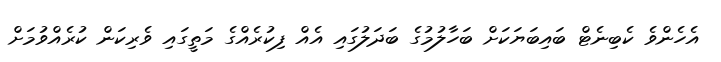
އެހެންވެ ކެބިނެޓް ބައިބަޔަކަށް ބަހާލުމުގެ ބަދަލުގައި އެއް ފިކުރެއްގެ މަތީގައި ވެރިކަން ކުރެއްވުމަށް